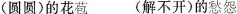
(圆圆)的花苞 (解不开)的愁怨